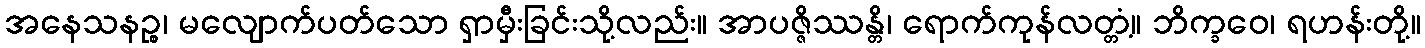
အနေသနဉ္စ၊ မလျောက်ပတ်သော ရှာမှီးခြင်းသို့လည်း။ အာပဇ္ဇိဿန္တိ၊ ရောက်ကုန်လတ္တံ့။ ဘိက္ခဝေ၊ ရဟန်းတို့။